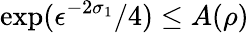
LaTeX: \exp(\epsilon^{-2\sigma_{1}}/4)\le A(\rho)